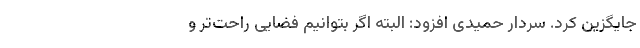
جایگزین کرد. سردار حمیدی افزود: البته اگر بتوانیم فضایی راحت‌تر و